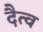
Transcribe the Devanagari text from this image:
दैत्व